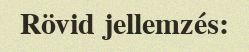
Rövid jellemzés: